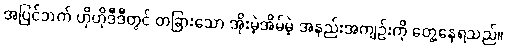
အပြင်ဘက် ဟိုဟိုဒီဒီတွင် တခြားသော အိုးမဲ့အိမ်မဲ့ အနည်းအကျဉ်းကို တွေ့နေရသည်။